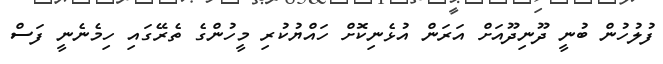
ފުލުހުން ބުނީ ދޫނިދޫއަށް އަރަން އުޅެނިކޮށް ހައްޔުކުރި މީހުންގެ ތެރޭގައި ހިމެނެނީ ފަސް